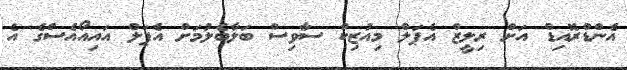
އެންޑްރޮއިޑް އަށް ރިލީޒް އެޕަލް މިއުޒިކް ސާވިސް ބަލާބެލުމަށް އެޕަލް އައިއޯއެސްގެ އެ